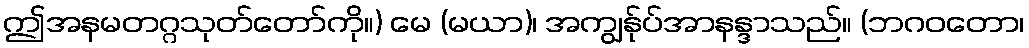
ဤအနမတဂ္ဂသုတ်တော်ကို။) မေ (မယာ)၊ အကျွန်ုပ်အာနန္ဒာသည်။ (ဘဂဝတော၊